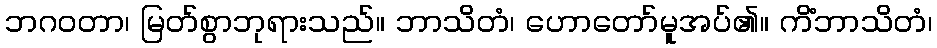
ဘဂဝတာ၊ မြတ်စွာဘုရားသည်။ ဘာသိတံ၊ ဟောတော်မူအပ်၏။ ကိံဘာသိတံ၊